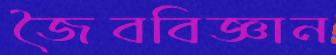
জৈববিজ্ঞান